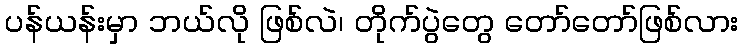
ပန်ယန်းမှာ ဘယ်လို ဖြစ်လဲ၊ တိုက်ပွဲတွေ တော်တော်ဖြစ်လား